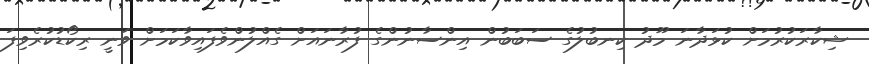
ޝިކާރަކުރުމަށް ކުޅަދާނަ މޫދު ކިނބުލުގެ ސަބަބުން އިންސާނުންގެ ފުރާނައަށް ގެއްލުންވެފައިވާކަމަށް ވަނީ ރިކޯޑުކުރެވިފަ